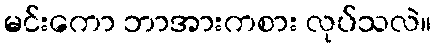
မင်းကော ဘာအားကစား လုပ်သလဲ။